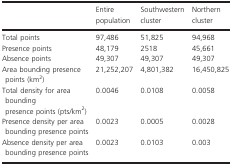
|  | Entire population | Southwestern cluster | Northern cluster |
 | --- | --- | --- | --- |
 | Total points | 97,486 | 51,825 | 94,968 |
 | Presence points | 48,179 | 2518 | 45,661 |
 | Absence points | 49,307 | 49,307 | 49,307 |
 | Area bounding presence points (km2) | 21,252,207 | 4,801,382 | 16,450,825 |
 | Total density for area bounding presence points (pts/km2) | 0.0046 | 0.0108 | 0.0058 |
 | Presence density per area bounding presence points | 0.0023 | 0.0005 | 0.0028 |
 | Absence density per area bounding presence points | 0.0023 | 0.0103 | 0.003 |